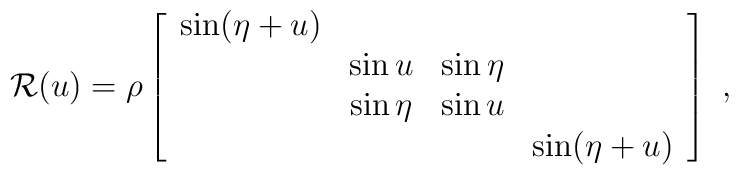
{\cal R}(u)=\rho\left[\begin{array}{cccc}                      \sin(\eta+u)&         &        & \\                                  & \sin u  &\sin\eta& \\                                  & \sin\eta&\sin u  & \\                                  &         &        &\sin(\eta+u)                      \end{array}\right]~,